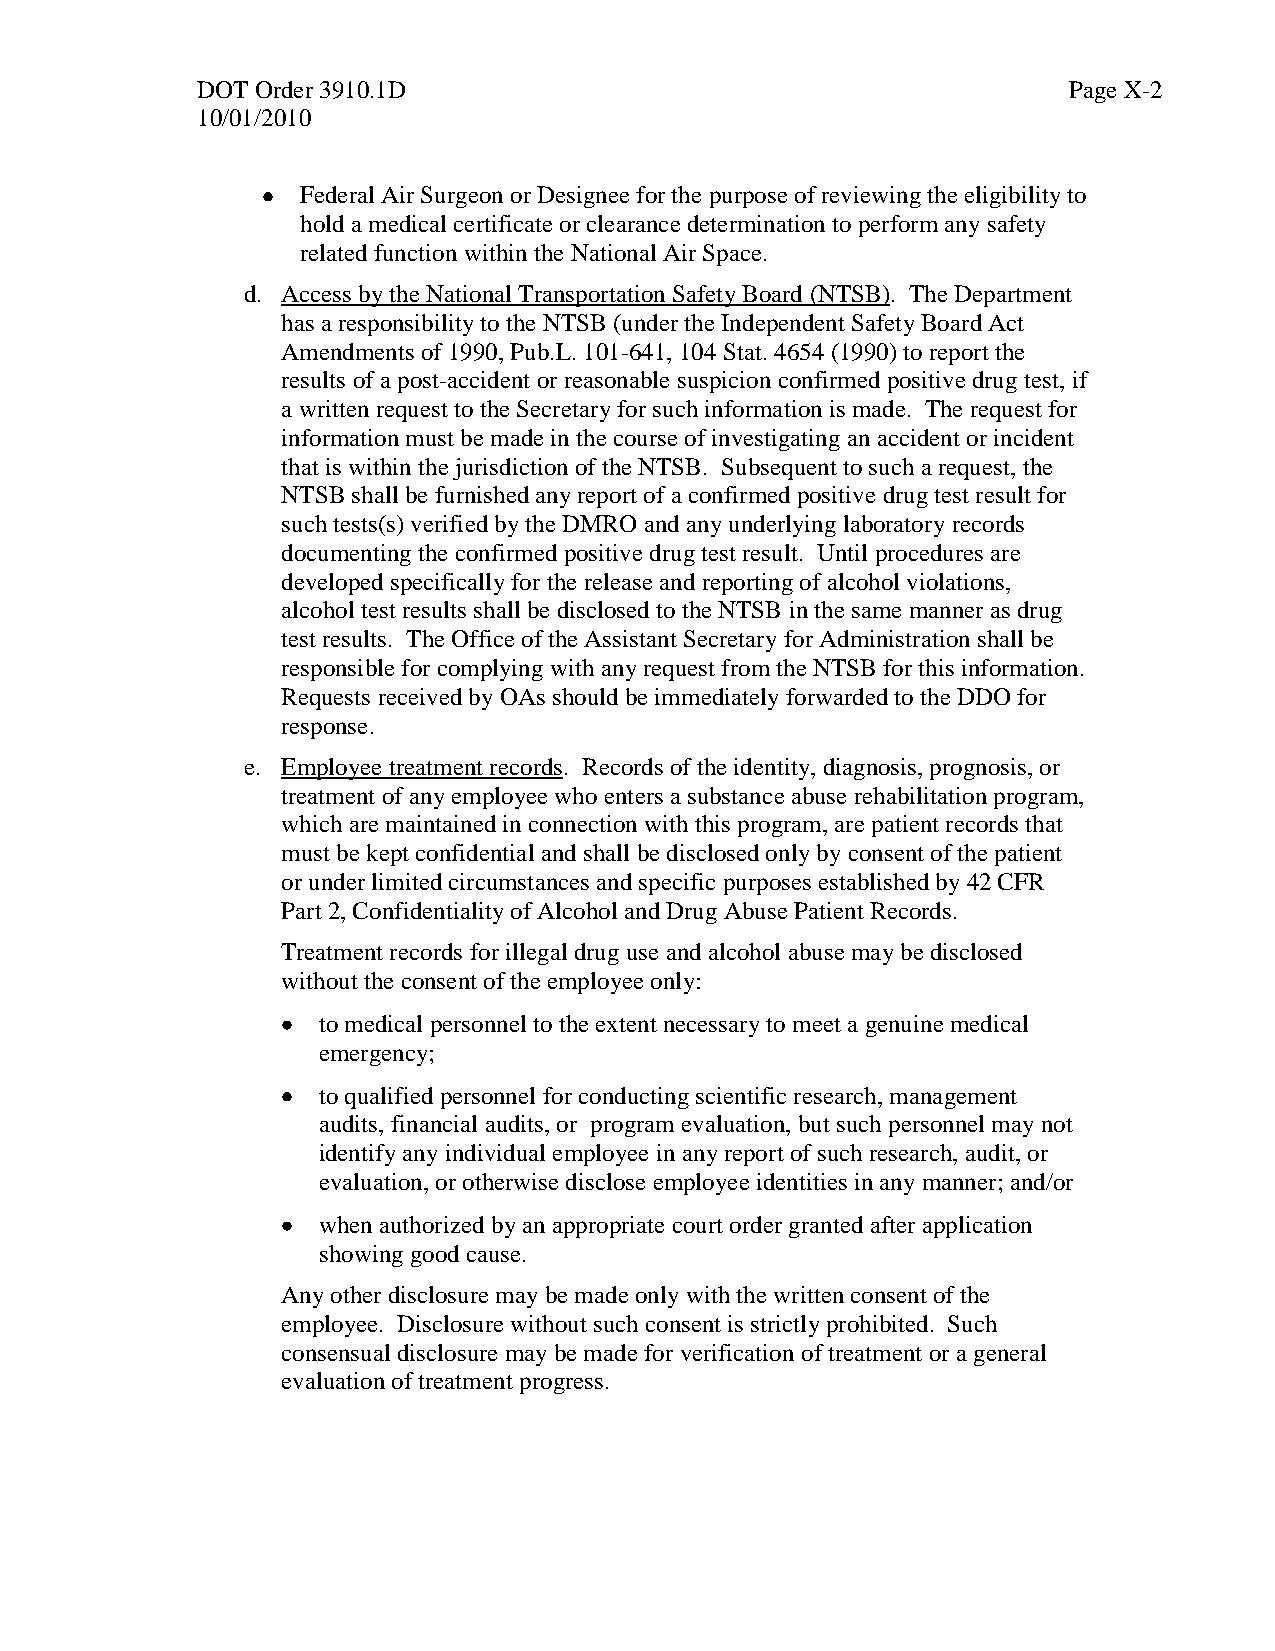
DOT Order 3910.1D                                         Page X-2
 10/01/2010
 Federal Air Surgeon or Designee for the purpose of reviewing the eligibility to
 hold a medical certificate or clearance determination to perform any safety
 related function within the National Air Space.
 d. Access by the National Transportation Safety Board (NTSB). The Department
 has a responsibility to the NTSB (under the Independent Safety Board Act
 Amendments of 1990, Pub.L. 101-641, 104 Stat. 4654 (1990) to report the
 results of a post-accident or reasonable suspicion confirmed positive drug test, if
 a written request to the Secretary for such information is made. The request for
 information must be made in the course of investigating an accident or incident
 that is within the jurisdiction of the NTSB. Subsequent to such a request, the
 NTSB shall be furnished any report of a confirmed positive drug test result for
 such tests(s) verified by the DMRO and any underlying laboratory records
 documenting the confirmed positive drug test result. Until procedures are
 developed specifically for the release and reporting of alcohol violations,
 alcohol test results shall be disclosed to the NTSB in the same manner as drug
 test results. The Office of the Assistant Secretary for Administration shall be
 responsible for complying with any request from the NTSB for this information.
 Requests received by OAs should be immediately forwarded to the DDO for
 response.
 e. Employee treatment records. Records of the identity, diagnosis, prognosis, or
 treatment of any employee who enters a substance abuse rehabilitation program,
 which are maintained in connection with this program, are patient records that
 must be kept confidential and shall be disclosed only by consent of the patient
 or under limited circumstances and specific purposes established by 42 CFR
 Part 2, Confidentiality of Alcohol and Drug Abuse Patient Records.
 Treatment records for illegal drug use and alcohol abuse may be disclosed
 without the consent of the employee only:
 to medical personnel to the extent necessary to meet a genuine medical
 emergency;
 to qualified personnel for conducting scientific research, management
 audits, financial audits, or program evaluation, but such personnel may not
 identify any individual employee in any report of such research, audit, or
 evaluation, or otherwise disclose employee identities in any manner; and/or
 when authorized by an appropriate court order granted after application
 showing good cause.
 Any other disclosure may be made only with the written consent of the
 employee. Disclosure without such consent is strictly prohibited. Such
 consensual disclosure may be made for verification of treatment or a general
 evaluation of treatment progress.